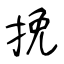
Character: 挽